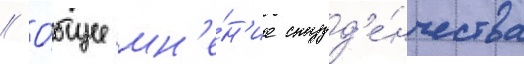
// О́бщее мн'е́н'ие студ'е́нчества